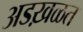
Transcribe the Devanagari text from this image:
अडख़ळत